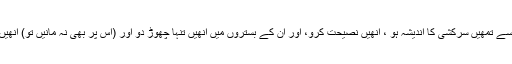
اور جن سے تمھیں سرکشی کا اندیشہ ہو ، اُنھیں نصیحت کرو، اور اُن کے بستروں میں اُنھیں تنہا چھوڑ دو اور (اِس پر بھی نہ مانیں تو) اُنھیں سزا دو۔